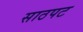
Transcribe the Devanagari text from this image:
साठपट